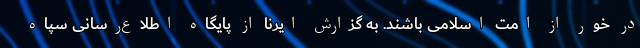
در خور از امت اسلامی باشند. به گزارش ایرنا از پایگاه اطلاع‌رسانی سپاه